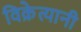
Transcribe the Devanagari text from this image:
विक्रेत्यानी